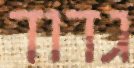
גדוד